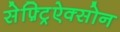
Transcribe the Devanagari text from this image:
सेफ़्ट्रिऐक्सोन